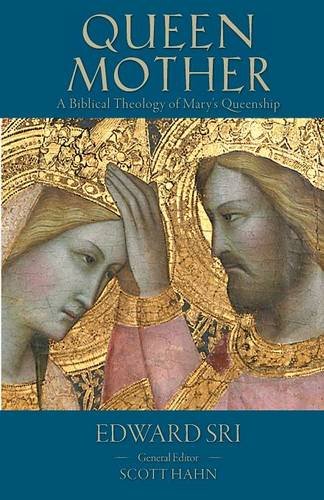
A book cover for Queen Mother: A Biblical Theology of Mary's Queenship (Letter & Spirit Project); Edward Sri; Christian Books & Bibles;